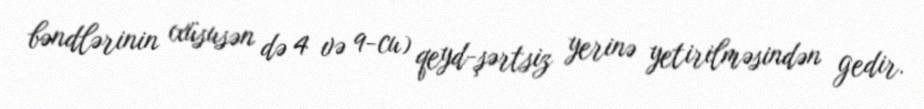
bəndlərinin (xüsusən də 4 və 9-cu) qeyd-şərtsiz yerinə yetirilməsindən gedir.